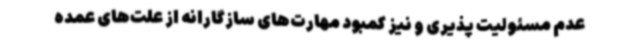
عدم مسئولیت پذیری و نیز کمبود مهارت‌های سازگارانه از علت‌های عمده